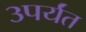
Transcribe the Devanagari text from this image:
३पर्यंत